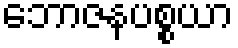
ဘောဇနပစ္စယာ